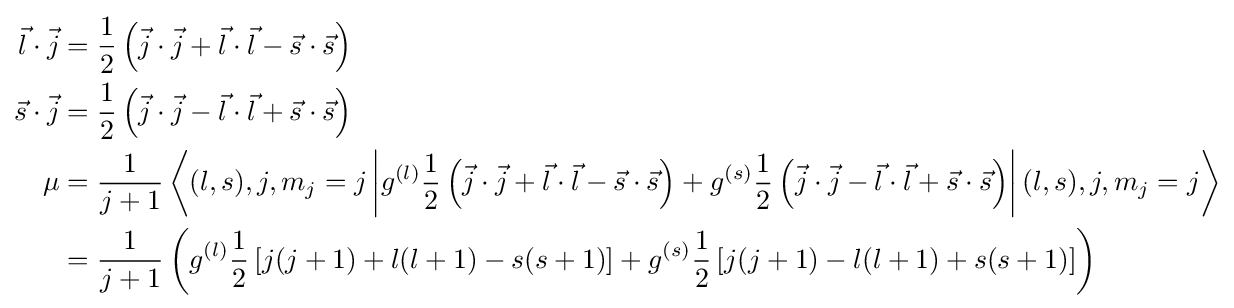
{\begin{aligned}{\vec {l}}\cdot {\vec {j}}&={\frac {1}{2}}\left({\vec {j}}\cdot {\vec {j}}+{\vec {l}}\cdot {\vec {l}}-{\vec {s}}\cdot {\vec {s}}\right)\\{\vec {s}}\cdot {\vec {j}}&={\frac {1}{2}}\left({\vec {j}}\cdot {\vec {j}}-{\vec {l}}\cdot {\vec {l}}+{\vec {s}}\cdot {\vec {s}}\right)\\\mu &={\frac {1}{j+1}}\left\langle (l,s),j,m_{j}=j\left|g^{(l)}{\frac {1}{2}}\left({\vec {j}}\cdot {\vec {j}}+{\vec {l}}\cdot {\vec {l}}-{\vec {s}}\cdot {\vec {s}}\right)+g^{(s)}{\frac {1}{2}}\left({\vec {j}}\cdot {\vec {j}}-{\vec {l}}\cdot {\vec {l}}+{\vec {s}}\cdot {\vec {s}}\right)\right|(l,s),j,m_{j}=j\right\rangle \\&={\frac {1}{j+1}}\left(g^{(l)}{\frac {1}{2}}\left[j(j+1)+l(l+1)-s(s+1)\right]+g^{(s)}{\frac {1}{2}}\left[j(j+1)-l(l+1)+s(s+1)\right]\right)\end{aligned}}